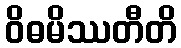
ဝိဓမိဿတီတိ